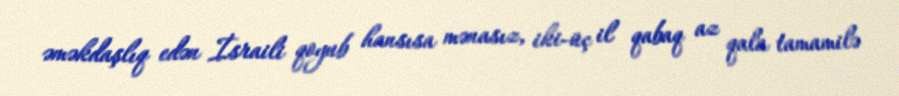
əməkdaşlıq edən İsraili qoyub hansısa mənasız, iki-üç il qabaq az qala tamamilə